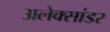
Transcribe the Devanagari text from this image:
अलेक्सांडर